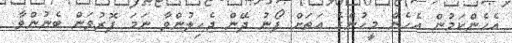
އެހެންކަމުން އެހެން މީހުންގެ އަތަށް ފޯނު ދޭން ޖެހިލުންވާ ނަމަ ފޮރުވަން ބެނުންވާ